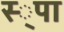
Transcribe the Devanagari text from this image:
स्‍्पा